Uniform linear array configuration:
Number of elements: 16
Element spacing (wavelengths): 0.5
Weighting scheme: hamming
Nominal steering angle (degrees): -60
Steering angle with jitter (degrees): -59.66
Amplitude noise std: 0.05
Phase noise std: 0.05

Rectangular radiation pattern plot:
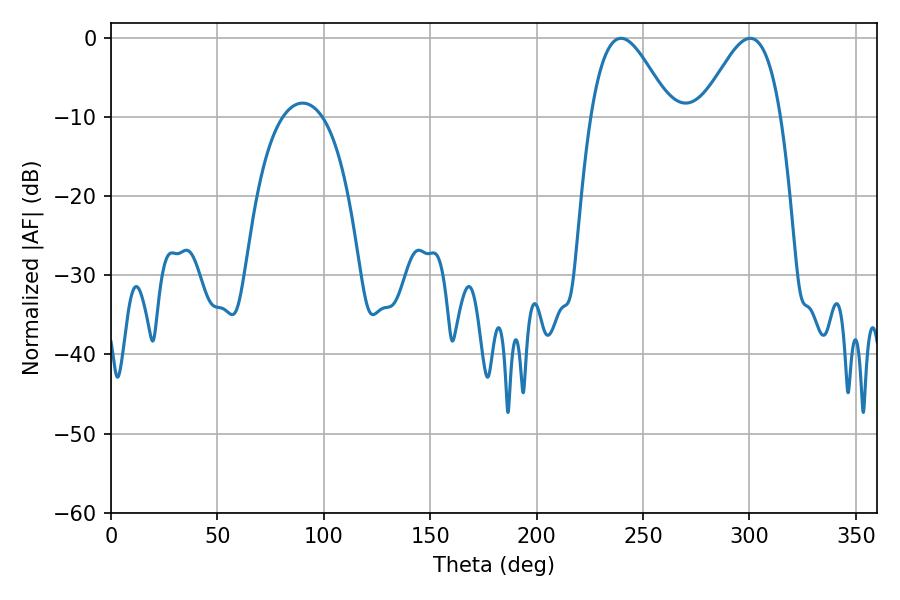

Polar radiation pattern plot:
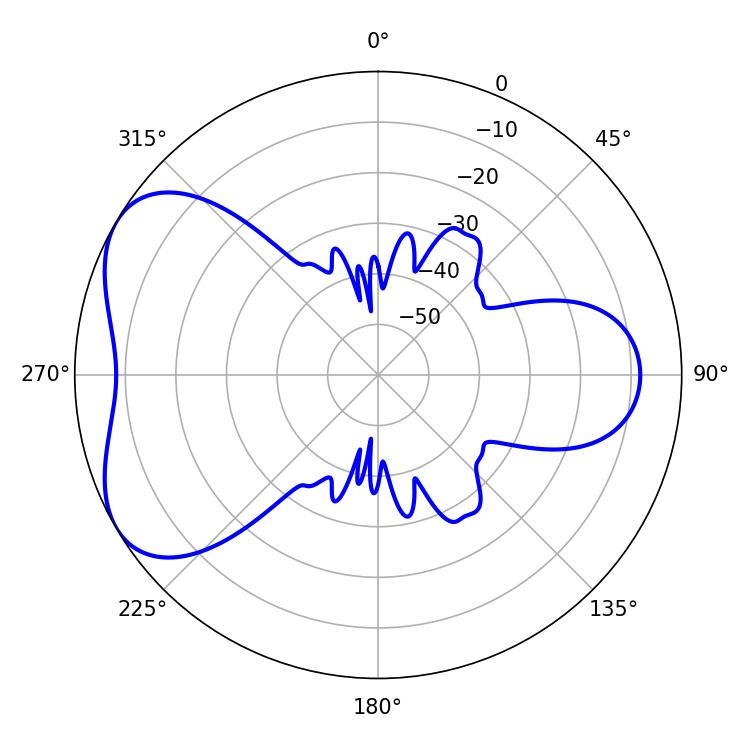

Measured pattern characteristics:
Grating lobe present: FALSE
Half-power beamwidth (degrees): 20.16
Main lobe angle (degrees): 239.58